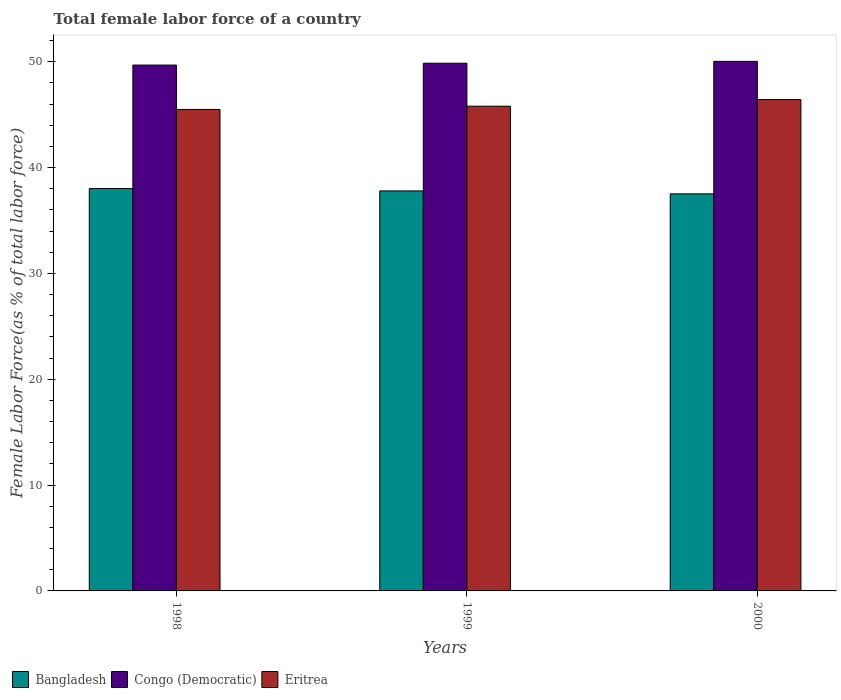
| Years | Bangladesh | Congo (Democratic) | Eritrea |
 | --- | --- | --- | --- |
 | 1998 | 38 | 49.7 | 45.5 |
 | 1999 | 37.8 | 49.9 | 45.8 |
 | 2000 | 37.5 | 50 | 46.4 |